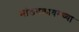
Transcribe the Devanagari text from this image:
भांडवलावरच्या